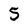
Character: 5